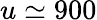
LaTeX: u\simeq 900